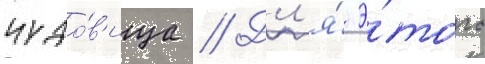
чудо́в'ища // Дл'я́ э́того